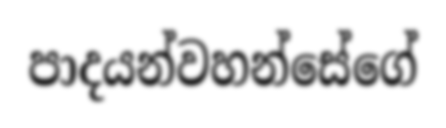
පාදයන්වහන්සේගේ